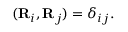
\begin{array} { r } { ( { \bf R } _ { i } , { \bf R } _ { j } ) = \delta _ { i j } . } \end{array}